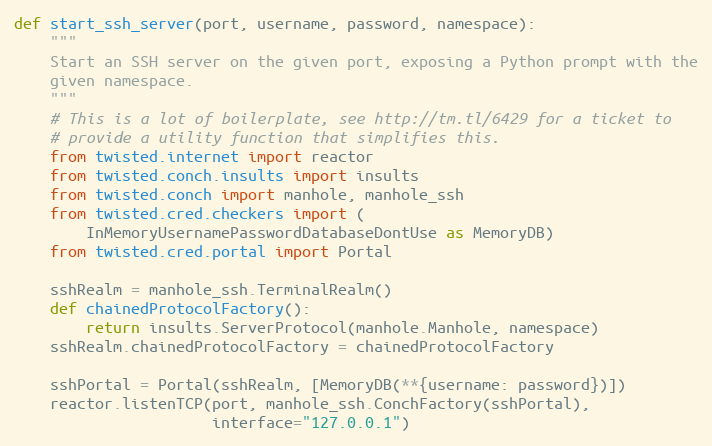
Language: Python
def start_ssh_server(port, username, password, namespace):
    """
    Start an SSH server on the given port, exposing a Python prompt with the
    given namespace.
    """
    # This is a lot of boilerplate, see http://tm.tl/6429 for a ticket to
    # provide a utility function that simplifies this.
    from twisted.internet import reactor
    from twisted.conch.insults import insults
    from twisted.conch import manhole, manhole_ssh
    from twisted.cred.checkers import (
        InMemoryUsernamePasswordDatabaseDontUse as MemoryDB)
    from twisted.cred.portal import Portal

    sshRealm = manhole_ssh.TerminalRealm()
    def chainedProtocolFactory():
        return insults.ServerProtocol(manhole.Manhole, namespace)
    sshRealm.chainedProtocolFactory = chainedProtocolFactory

    sshPortal = Portal(sshRealm, [MemoryDB(**{username: password})])
    reactor.listenTCP(port, manhole_ssh.ConchFactory(sshPortal),
                      interface="127.0.0.1")